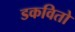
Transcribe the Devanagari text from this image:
डकवितो